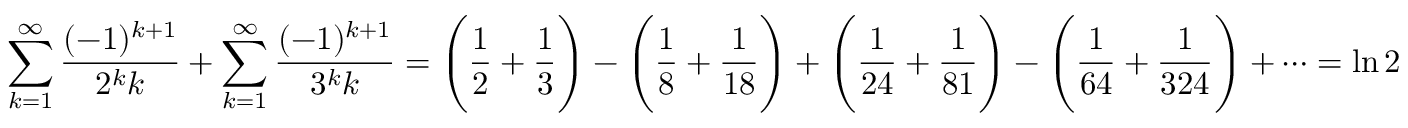
\sum _ { k = 1 } ^ { \infty } { \frac { ( - 1 ) ^ { k + 1 } } { 2 ^ { k } k } } + \sum _ { k = 1 } ^ { \infty } { \frac { ( - 1 ) ^ { k + 1 } } { 3 ^ { k } k } } = { \Bigg ( } { \frac { 1 } { 2 } } + { \frac { 1 } { 3 } } { \Bigg ) } - { \Bigg ( } { \frac { 1 } { 8 } } + { \frac { 1 } { 1 8 } } { \Bigg ) } + { \Bigg ( } { \frac { 1 } { 2 4 } } + { \frac { 1 } { 8 1 } } { \Bigg ) } - { \Bigg ( } { \frac { 1 } { 6 4 } } + { \frac { 1 } { 3 2 4 } } { \Bigg ) } + \cdots = \ln 2